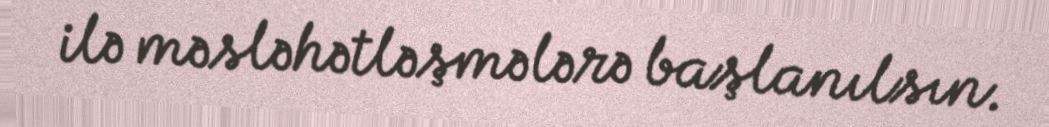
ilə məsləhətləşmələrə başlanılsın.